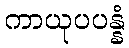
ကာယုပပန္နံ